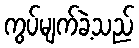
ကွပ်မျက်ခဲ့သည်